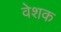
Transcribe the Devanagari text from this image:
वेशक